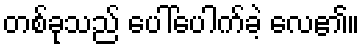
တစ်ခုသည် ပေါ်ပေါက်ခဲ့ လေ၏။